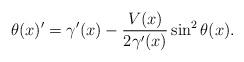
LaTeX: \begin{align*} \theta(x)^\prime=\gamma^\prime(x)-\frac{V(x)}{2\gamma^\prime(x)} \sin^2 \theta(x).\end{align*}